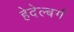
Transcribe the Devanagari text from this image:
हेदेल्बर्ग